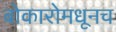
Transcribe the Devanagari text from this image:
बोकारोमधूनच